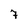
Character: 7